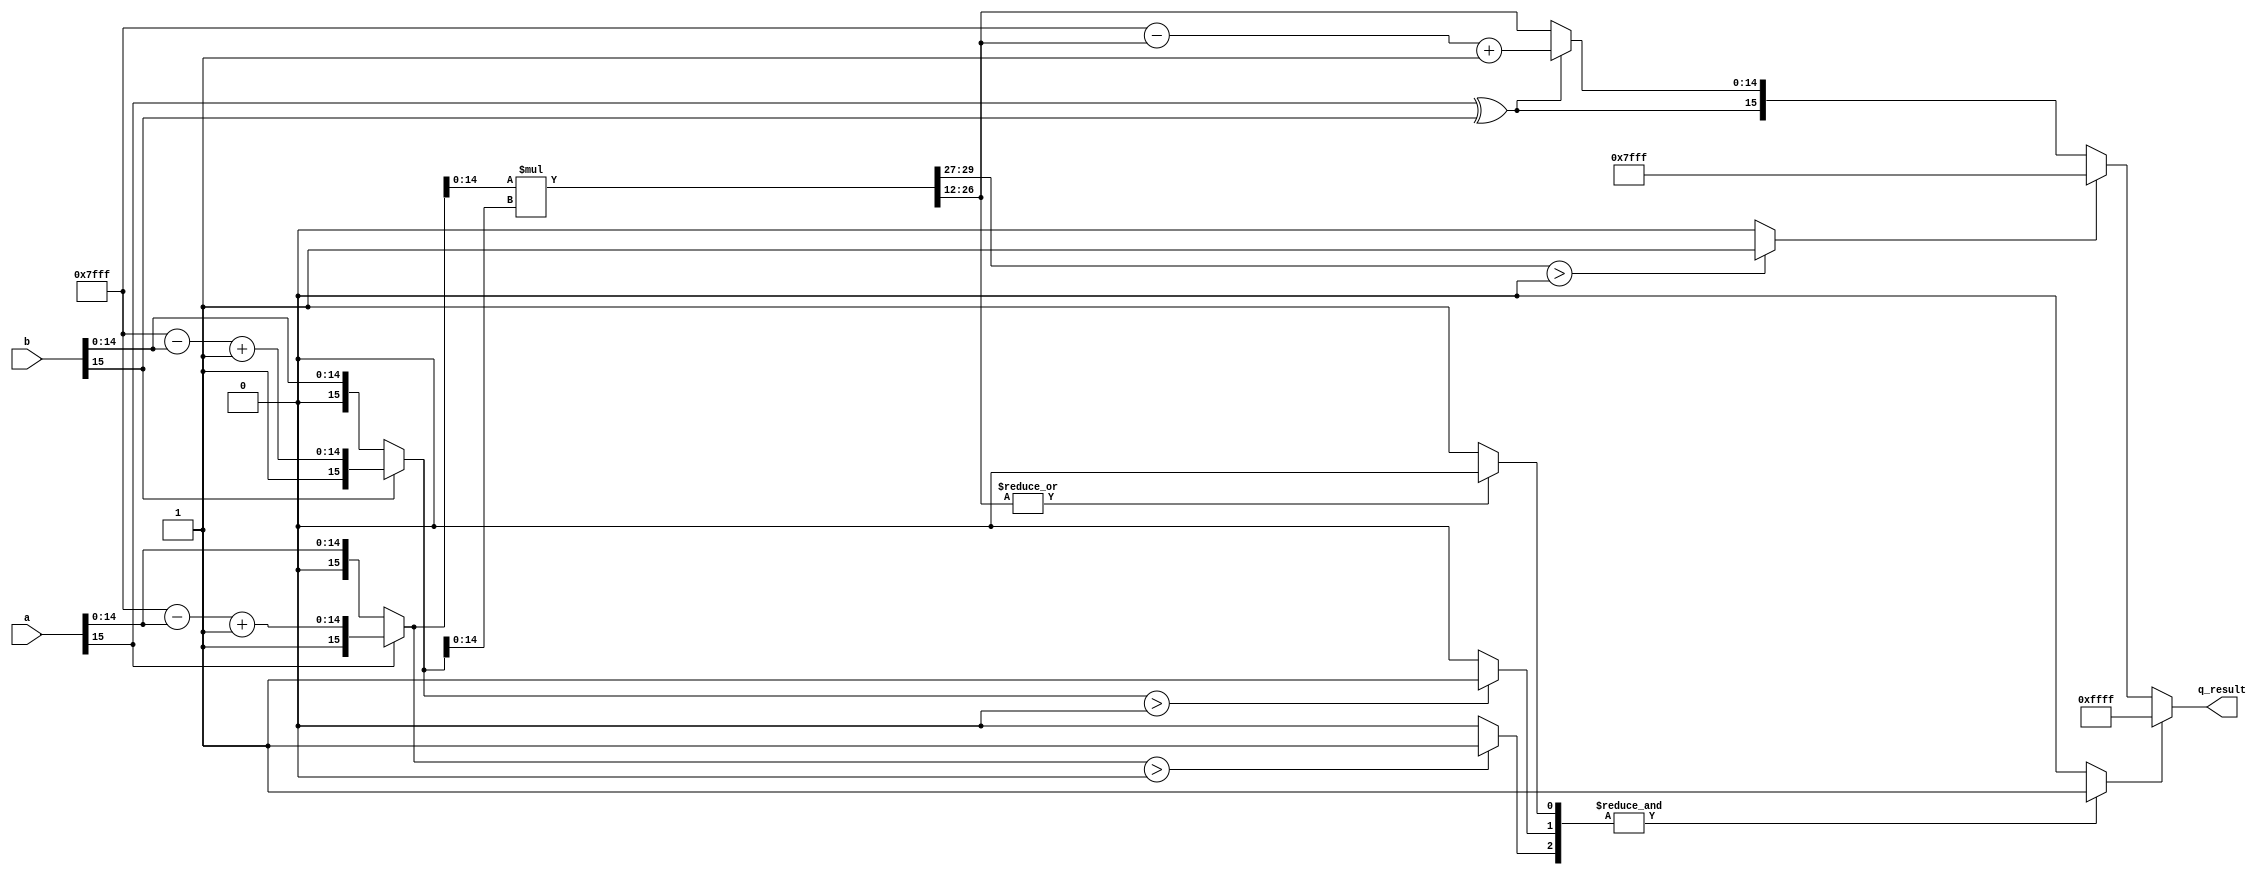
/* -----------------------------------------------------------------------------
MIT License

Copyright (c) 2023 Drexel Distributed, Intelligent, and Scalable COmputing (DISCO) Lab

Permission is hereby granted, free of charge, to any person obtaining a copy
of this software and associated documentation files (the "Software"), to deal
in the Software without restriction, including without limitation the rights
to use, copy, modify, merge, publish, distribute, sublicense, and/or sell
copies of the Software, and to permit persons to whom the Software is
furnished to do so, subject to the following conditions:

The above copyright notice and this permission notice shall be included in all
copies or substantial portions of the Software.

THE SOFTWARE IS PROVIDED "AS IS", WITHOUT WARRANTY OF ANY KIND, EXPRESS OR
IMPLIED, INCLUDING BUT NOT LIMITED TO THE WARRANTIES OF MERCHANTABILITY,
FITNESS FOR A PARTICULAR PURPOSE AND NONINFRINGEMENT. IN NO EVENT SHALL THE
AUTHORS OR COPYRIGHT HOLDERS BE LIABLE FOR ANY CLAIM, DAMAGES OR OTHER
LIABILITY, WHETHER IN AN ACTION OF CONTRACT, TORT OR OTHERWISE, ARISING FROM,
OUT OF OR IN CONNECTION WITH THE SOFTWARE OR THE USE OR OTHER DEALINGS IN THE
SOFTWARE.
// Desc     	: This is an implementation of qmultiplier. 
// -----------------------------------------------------------------------------*/
`timescale 1ns / 1ps

//uncomment the following line to enable overflow detection
//`define OVERFLOW_DET

// (Q,N) = (12,16) => 1 sign-bit + 3 integer-bits + 12 fractional-bits = 16 total-bits
//                    |S|III|FFFFFFFFFFFF|
// The same thing in A(I,F) format would be A(3,12)
module qmult #(
	//Parameterized values
	parameter Q = 12,
	parameter N = 16
	)(
	input 	[N-1:0]	a,
	input	[N-1:0]	b,
	output 	[N-1:0] q_result	//output quantized to same number of bits as the input
	);
	 
	// The underlying assumption, here, is that both fixed-point values are of the same length (N,Q)
	// Because of this, the results will be of length N+N = 2N bits
	// This also simplifies the hand-back of results, as the binimal point 
	// will always be in the same location
	
	wire [2*N-1:0]	f_result;					//Multiplication by 2 values of N bits requires a 
	wire [N-1:0]	result;						//Multiplication by 2 values of N bits requires a 
	wire overflow;							    //Overflow
	wire underflow;							    //Underflow signal
									            //Register that is N+N = 2N deep
	wire [N-1:0]	multiplicand;
	wire [N-1:0]	multiplier;
	wire [N-1:0]	a_2cmp, b_2cmp;
	wire [N-2:0]	quantized_result,quantized_result_2cmp;
	
	assign a_2cmp = {a[N-1],{(N-1){1'b1}} - a[N-2:0]+ 1'b1};  	//2's complement of a
	assign b_2cmp = {b[N-1],{(N-1){1'b1}} - b[N-2:0]+ 1'b1};  	//2's complement of b
	
	assign multiplicand = (a[N-1]) ? a_2cmp : a;              
	assign multiplier   = (b[N-1]) ? b_2cmp : b;
    
	assign result[N-1] = a[N-1]^b[N-1];                      	//Sign bit of output would be XOR or input sign bits
	assign f_result = multiplicand[N-2:0] * multiplier[N-2:0]; 	//We remove the sign bit for multiplication
	assign quantized_result = f_result[N-2+Q:Q];               	//Quantization of output to required number of bits
	assign quantized_result_2cmp = {(N-1){1'b1}} - quantized_result[N-2:0] + 1'b1;  	//2's complement of quantized_result
	assign result[N-2:0] = (result[N-1]) ? quantized_result_2cmp : quantized_result; 	//If the result is negative, we return a 2's complement representation 
    												//of the output value
	assign overflow = (f_result[2*N-2:N-1+Q] > 0) ? 1'b1 : 1'b0;

	wire cond1, cond2, cond3;

	assign cond1 = (|quantized_result) 	? 1'b0 : 1'b1;	//check if the absolute result is 0
	assign cond2 = (multiplier > 0) 	? 1'b1 : 1'b0;	//check if the multiplier is greater than 0
	assign cond3 = (multiplicand > 0)	? 1'b1 : 1'b0;	//check if the multiplicand is greater than 0

	assign underflow = (&{cond1,cond2,cond3}) ? 1'b1 : 1'b0;
	//case ({cond1,cond2,cond3})
	//	3'b111: assign underflow = 1'b1;
	//	default: assign underflow = 1'b0;
	//endcase
	wire [N-1:0] q_overflow;
	wire [N-1:0] q_underflow;
	localparam MSB = N-1;

	assign q_overflow       = overflow  ? { 1'b0, {MSB{1'b1}} } : result;
	assign q_underflow      = underflow ? { 1'b1, {MSB{1'b1}} } : q_overflow;
	assign q_result         = q_underflow;


endmodule